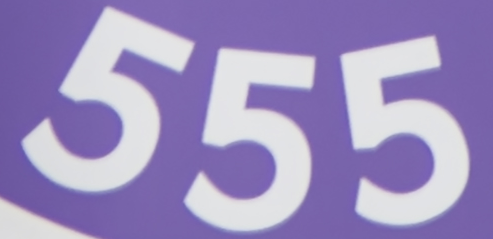
555